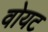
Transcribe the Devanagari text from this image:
वोयट